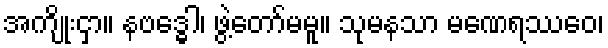
အကျိုးငှာ။ နဗဒ္ဓေါ၊ ဖွဲ့တော်မမူ။ သုမနသာ မဏေရဿေဝ၊